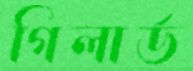
গিলার্ড